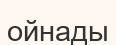
ойнады